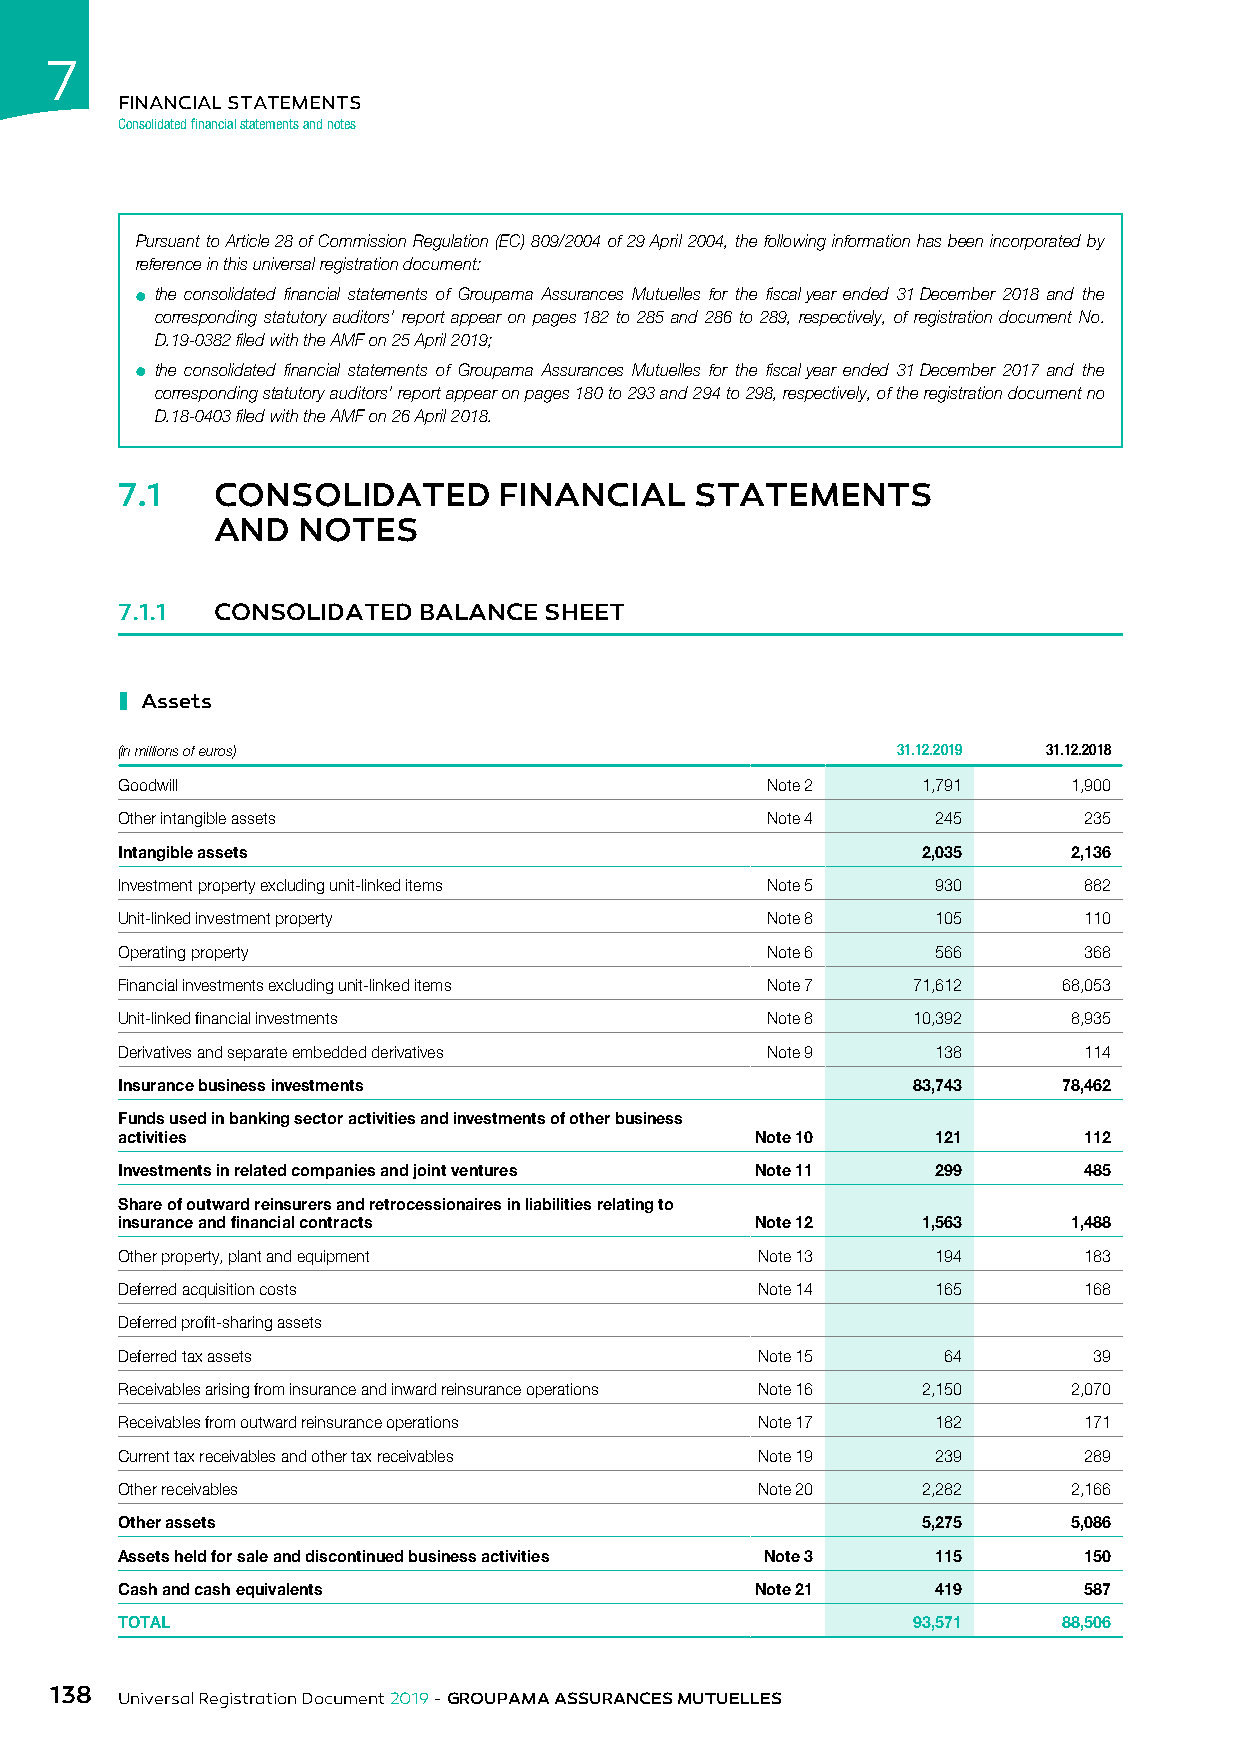
7
 FINANCIAL STATEMENTS
 Consolidated financial statements and notes
 Pursuant to Article 28 of Commission Regulation (EC) 809/2004 of 29 April 2004, the following information has been incorporated by
 reference in this universal registration document:
 ● the consolidated financial statements of Groupama Assurances Mutuelles for the fiscal year ended 31 December 2018 and the
 corresponding statutory auditors’ report appear on pages 182 to 285 and 286 to 289, respectively, of registration document No.
 D.19-0382 filed with the AMF on 25 April 2019;
 ● the consolidated financial statements of Groupama Assurances Mutuelles for the fiscal year ended 31 December 2017 and the
 corresponding statutory auditors’ report appear on pages 180 to 293 and 294 to 298, respectively, of the registration document no
 D.18-0403 filed with the AMF on 26 April 2018.
 7.1   CONSOLIDATED       FINANCIAL    STATEMENTS
 AND   NOTES
 7.1.1 CONSOLIDATED  BALANCE SHEET
 ı
 Assets
 (in millions of euros)                             31.12.2019 31.12.2018
 Goodwill                                   Note 2    1,791     1,900
 Other intangible assets                    Note 4     245       235
 Intangible assets                                    2,035     2,136
 Investment property excluding unit-linked items Note 5 930      882
 Unit-linked investment property            Note 8     105       110
 Operating property                         Note 6     566       368
 Financial investments excluding unit-linked items Note 7 71,612 68,053
 Unit-linked financial investments          Note 8   10,392     8,935
 Derivatives and separate embedded derivatives Note 9  138       114
 Insurance business investments                      83,743    78,462
 Funds used in banking sector activities and investments of other business
 activities                                Note 10     121       112
 Investments in related companies and joint ventures Note 11 299 485
 Share of outward reinsurers and retrocessionaires in liabilities relating to
 insurance and financial contracts         Note 12    1,563     1,488
 Other property, plant and equipment       Note 13     194       183
 Deferred acquisition costs                Note 14     165       168
 Deferred profit-sharing assets
 Deferred tax assets                       Note 15     64        39
 Receivables arising from insurance and inward reinsurance operations Note 16 2,150 2,070
 Receivables from outward reinsurance operations Note 17 182     171
 Current tax receivables and other tax receivables Note 19 239   289
 Other receivables                         Note 20    2,282     2,166
 Other assets                                         5,275     5,086
 Assets held for sale and discontinued business activities Note 3 115 150
 Cash and cash equivalents                 Note 21     419       587
 TOTAL                                               93,571    88,506
 138
 Universal Registration Document 2019 - GROUPAMA ASSURANCES MUTUELLES